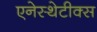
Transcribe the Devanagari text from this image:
एनेस्थेटीक्स